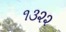
૧૩૨૨